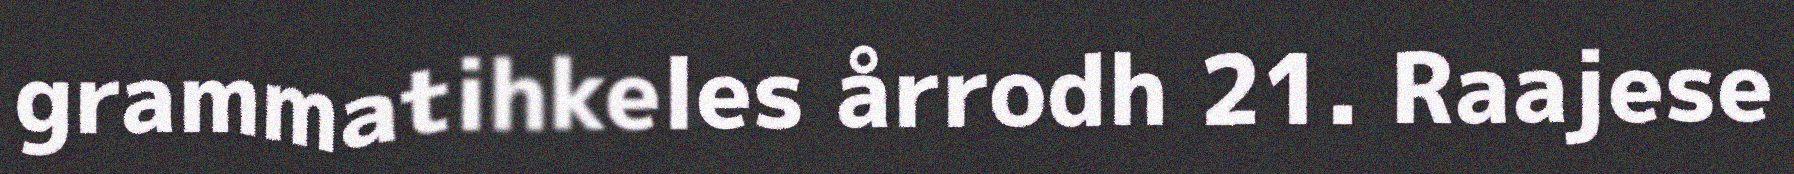
grammatihkeles årrodh 21. Raajese